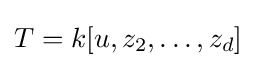
T=k[u,z_{2},\dots ,z_{d}]